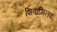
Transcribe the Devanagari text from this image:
शिवाभिनव